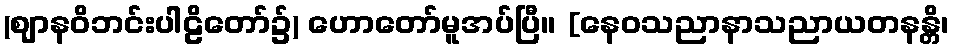
(ဈာနဝိဘင်းပါဠိတော်၌) ဟောတော်မူအပ်ပြီ။ [နေဝသညာနာသညာယတနန္တိ၊